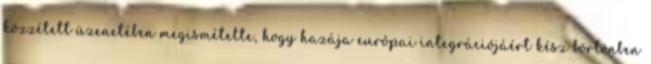
közzétett üzenetében megismételte, hogy hazája európai integrációjáért kész börtönben